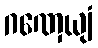
ဂဏှေယျံ